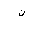
Letter: _non